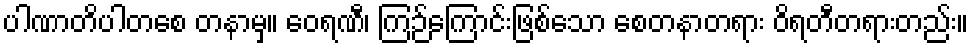
ပါဏာတိပါတစေ တနာမှ။ ဝေရဏီ၊ ကြဉ်ကြောင်းဖြစ်သော စေတနာတရား ဝိရတီတရားတည်း။